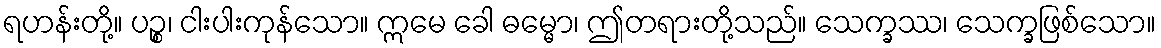
ရဟန်းတို့။ ပဉ္စ၊ ငါးပါးကုန်သော။ ဣမေ ခေါ ဓမ္မော၊ ဤတရားတို့သည်။ သေက္ခဿ၊ သေက္ခဖြစ်သော။